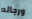
ورجاله